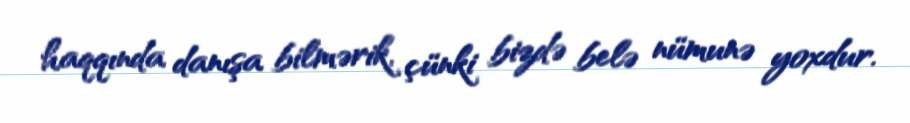
haqqında danışa bilmərik, çünki bizdə belə nümunə yoxdur.